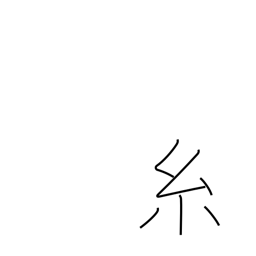
Meaning: thread